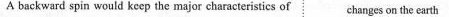
A backward spin would keep the major characteristics of changes on the earth